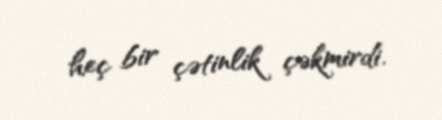
heç bir çətinlik çəkmirdi.